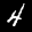
Label: 4